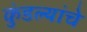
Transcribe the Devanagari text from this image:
कुंडल्यांचे